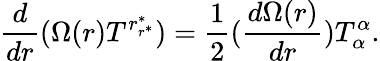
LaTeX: \frac{d}{dr}(\Omega(r)T^{r_{r^{\ast}}^{\ast}})=\frac{1}{2}(\frac{d\Omega(r)}{dr})T_{\alpha}^{\alpha}.